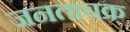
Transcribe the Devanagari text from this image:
जनताचक्र